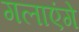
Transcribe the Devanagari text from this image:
गलाएंगे